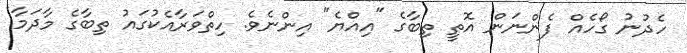
ހެދުނު ގޯހެއް ފެންނަން އޮތީ ތިބާގެ "އިއްޔެ" އިންނެވެ. ހިތްވަރާއެކުގައު ތިބާގެ މާދަމާ